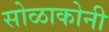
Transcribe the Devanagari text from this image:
सोळाकोनी